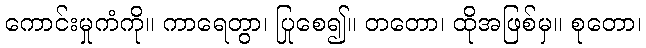
ကောင်းမှုကံကို။ ကာရေတွာ၊ ပြုစေ၍။ တတော၊ ထိုအဖြစ်မှ။ စုတော၊